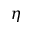
\eta